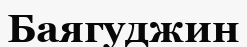
Баягуджин